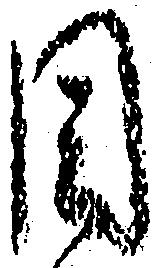
目